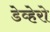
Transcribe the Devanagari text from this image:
डेव्हेरो